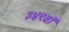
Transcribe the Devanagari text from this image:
३४९वॉ